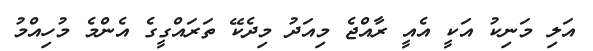
އަލި މަނިކު އަކީ އެއީ ރާއްޖެ މިއަދު މިދެކޭ ތަރައްގީގެ އެންމެ މުހިއްމު